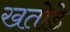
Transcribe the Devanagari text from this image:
खतोडे